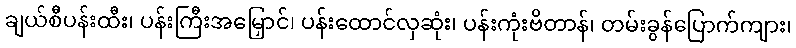
ချယ်စီပန်းထီး၊ ပန်းကြီးအမြှောင်၊ ပန်းထောင်လှဆုံး၊ ပန်းကုံးဗိတာန်၊ တမ်းခွန်ပြောက်ကျား၊